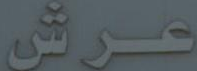
عرش